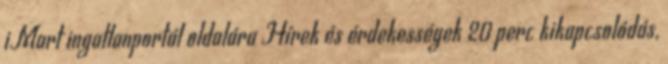
iMart ingatlanportál oldalára Hírek és érdekességek 20 perc kikapcsolódás,